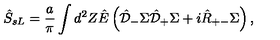
\hat { S } _ { s L } = \frac { a } { \pi } \int d ^ { 2 } Z \hat { E } \left( \hat { \cal D } _ { - } \Sigma \hat { \cal D } _ { + } \Sigma + i \hat { R } _ { + - } \Sigma \right) ,